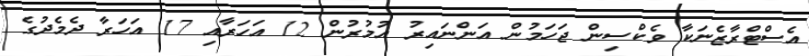
އެސްޓްރާޒެނަކާ ވެކްސިން ޖަހަމުން އަންނައިރު އުމުރުން 12 އަހަރާއި 17 އަހަރާ ދެމެދުގެ